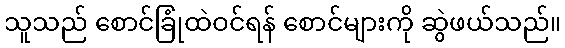
သူသည် စောင်ခြုံထဲဝင်ရန် စောင်များကို ဆွဲဖယ်သည်။